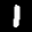
Label: 1